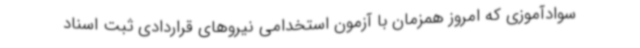
سوادآموزی که امروز همزمان با آزمون استخدامی نیروهای قراردادی ثبت اسناد